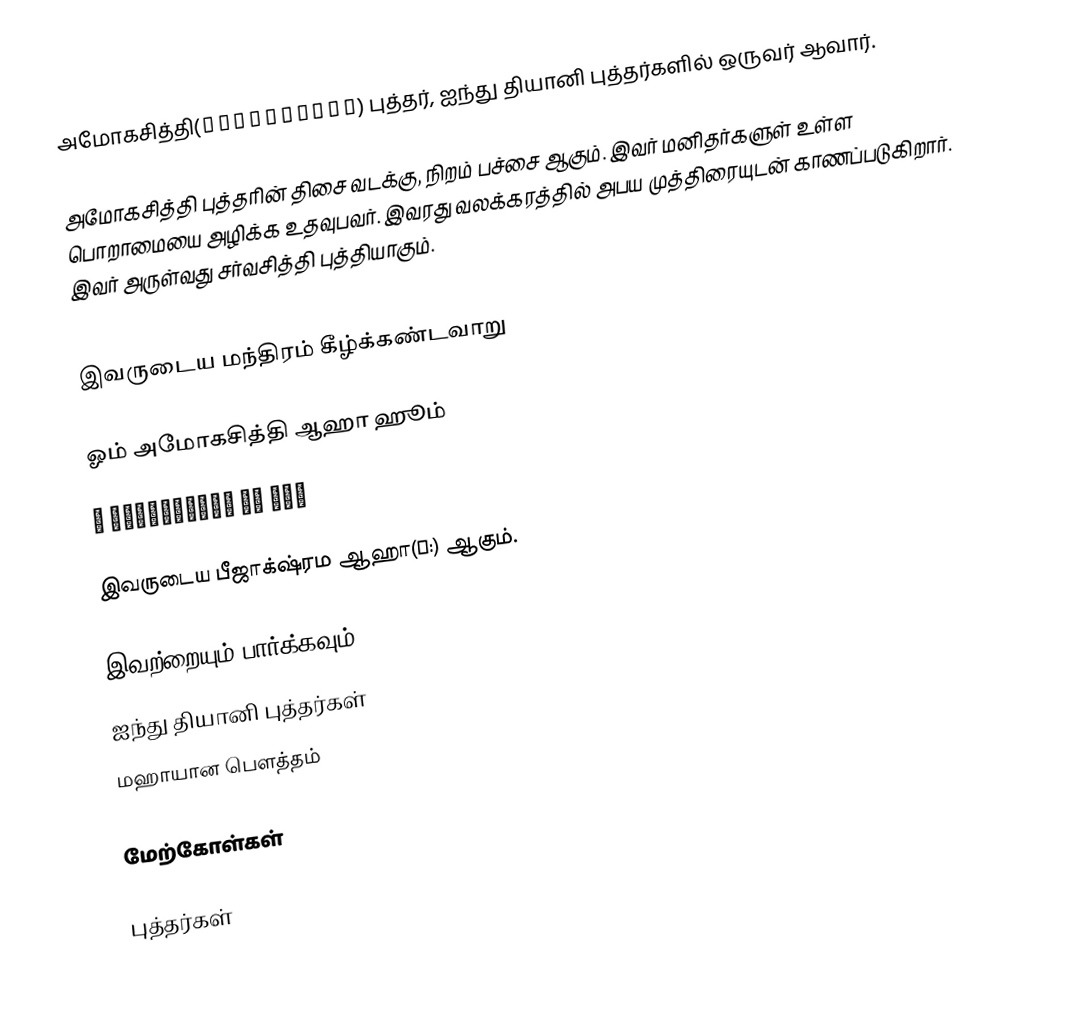
அமோகசித்தி(अमोघसिद्धि) புத்தர், ஐந்து தியானி புத்தர்களில் ஒருவர் ஆவார்.

அமோகசித்தி புத்தரின் திசை வடக்கு, நிறம் பச்சை ஆகும். இவர் மனிதர்களுள் உள்ள பொறாமையை அழிக்க உதவுபவர். இவரது வலக்கரத்தில் அபய முத்திரையுடன் காணப்படுகிறார். இவர் அருள்வது சர்வசித்தி புத்தியாகும்.

இவருடைய மந்திரம் கீழ்க்கண்டவாறு

ஓம் அமோகசித்தி ஆஹா ஹூம்
ॐ अमोघसिद्धि आः हूँ

இவருடைய பீஜாக்‌ஷ்ரம ஆஹா(आ:) ஆகும்.

இவற்றையும் பார்க்கவும்
ஐந்து தியானி புத்தர்கள்
மஹாயான பௌத்தம்

மேற்கோள்கள்

புத்தர்கள்